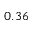
0 . 3 6